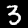
Label: 3